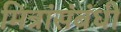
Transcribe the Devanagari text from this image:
मित्रांसंबंधी